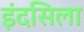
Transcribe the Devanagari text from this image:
इंदसिला